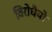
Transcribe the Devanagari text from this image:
विरोधैयो